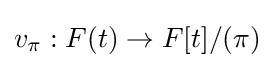
v_{\pi }:F(t)\to F[t]/(\pi )